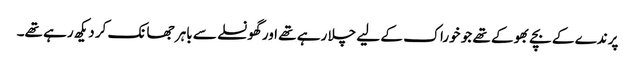
پرندے کے بچے بھوکے تھے جو خوراک کے لیے چلا رہے تھے اور گھونسلے سے باہر جھانک کر دیکھ رہے تھے۔